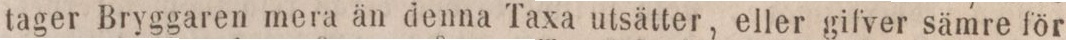
tager Bryggaren mera än denna Taxa utsätter, eller gifver sämre för